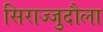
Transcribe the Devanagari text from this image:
सिराज्जुदौला